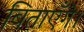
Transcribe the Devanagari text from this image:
बिताएँगे।